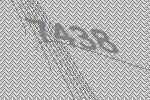
7438